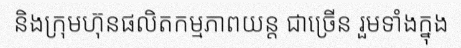
និងក្រុមហ៊ុនផលិតកម្មភាពយន្ត ជាច្រើន រួមទាំងក្នុង